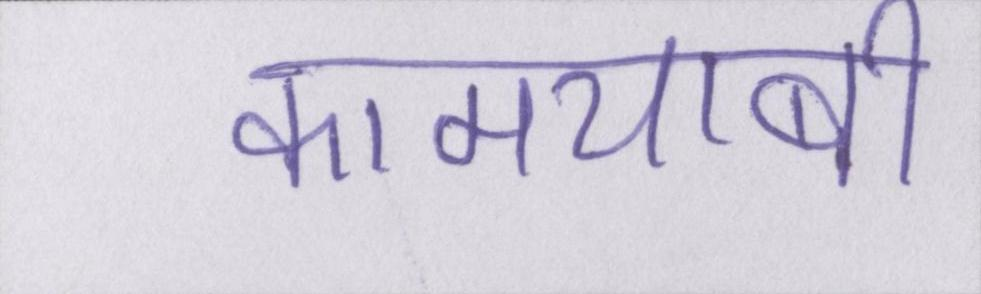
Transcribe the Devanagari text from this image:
कामयाबी